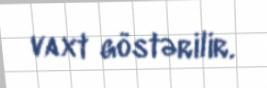
vaxt göstərilir.